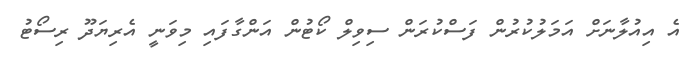
އެ އިއުލާނަށް އަމަލުކުރުން ފަސްކުރަން ސިވިލް ކޯޓުން އަންގާފައި މިވަނީ އެރިޔަދޫ ރިސޯޓު